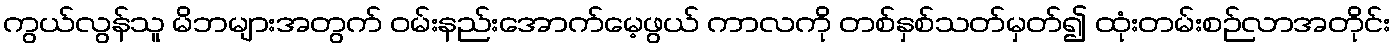
ကွယ်လွန်သူ မိဘများအတွက် ဝမ်းနည်းအောက်မေ့ဖွယ် ကာလကို တစ်နှစ်သတ်မှတ်၍ ထုံးတမ်းစဉ်လာအတိုင်း